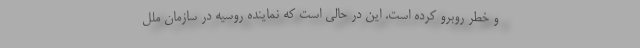
و خطر روبرو کرده است. این در حالی است که نماینده روسیه در سازمان ملل